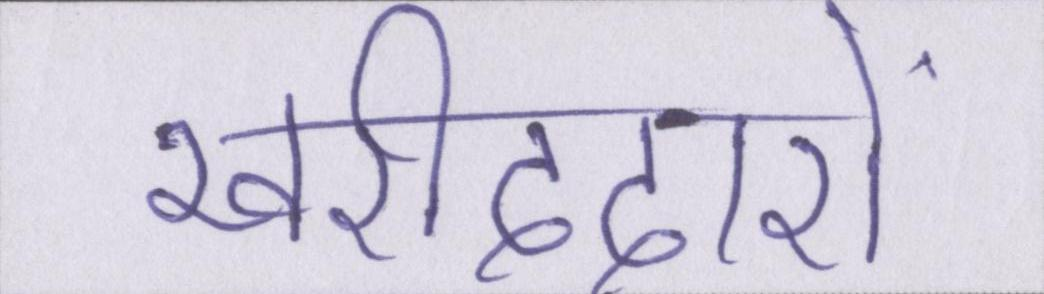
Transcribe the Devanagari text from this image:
खरीददारों